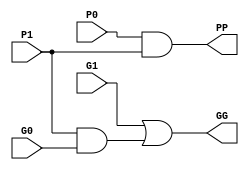
`timescale 1ns / 1ps
//////////////////////////////////////////////////////////////////////////////////
// Company: 
// Engineer: 
// 
// Design Name: 
// Module Name:    B_Cell 
// Project Name: 
// Target Devices: 
// Tool versions: 
// Description: 
//
// Dependencies: 
//
// Revision: 
// Revision 0.01 - File Created
// Additional Comments: 
//
//////////////////////////////////////////////////////////////////////////////////
module B_Cell(G0, G1, P0, P1, PP, GG);
	input G0, G1, P0, P1;
	output GG, PP;
	
	assign GG = G1 | (P1 & G0);
	assign PP = P0 & P1;
endmodule
//B_Cell = G_k-1:l, G_i:k, P_k-1:l, P_i:k >> G_i:l, P_i:l